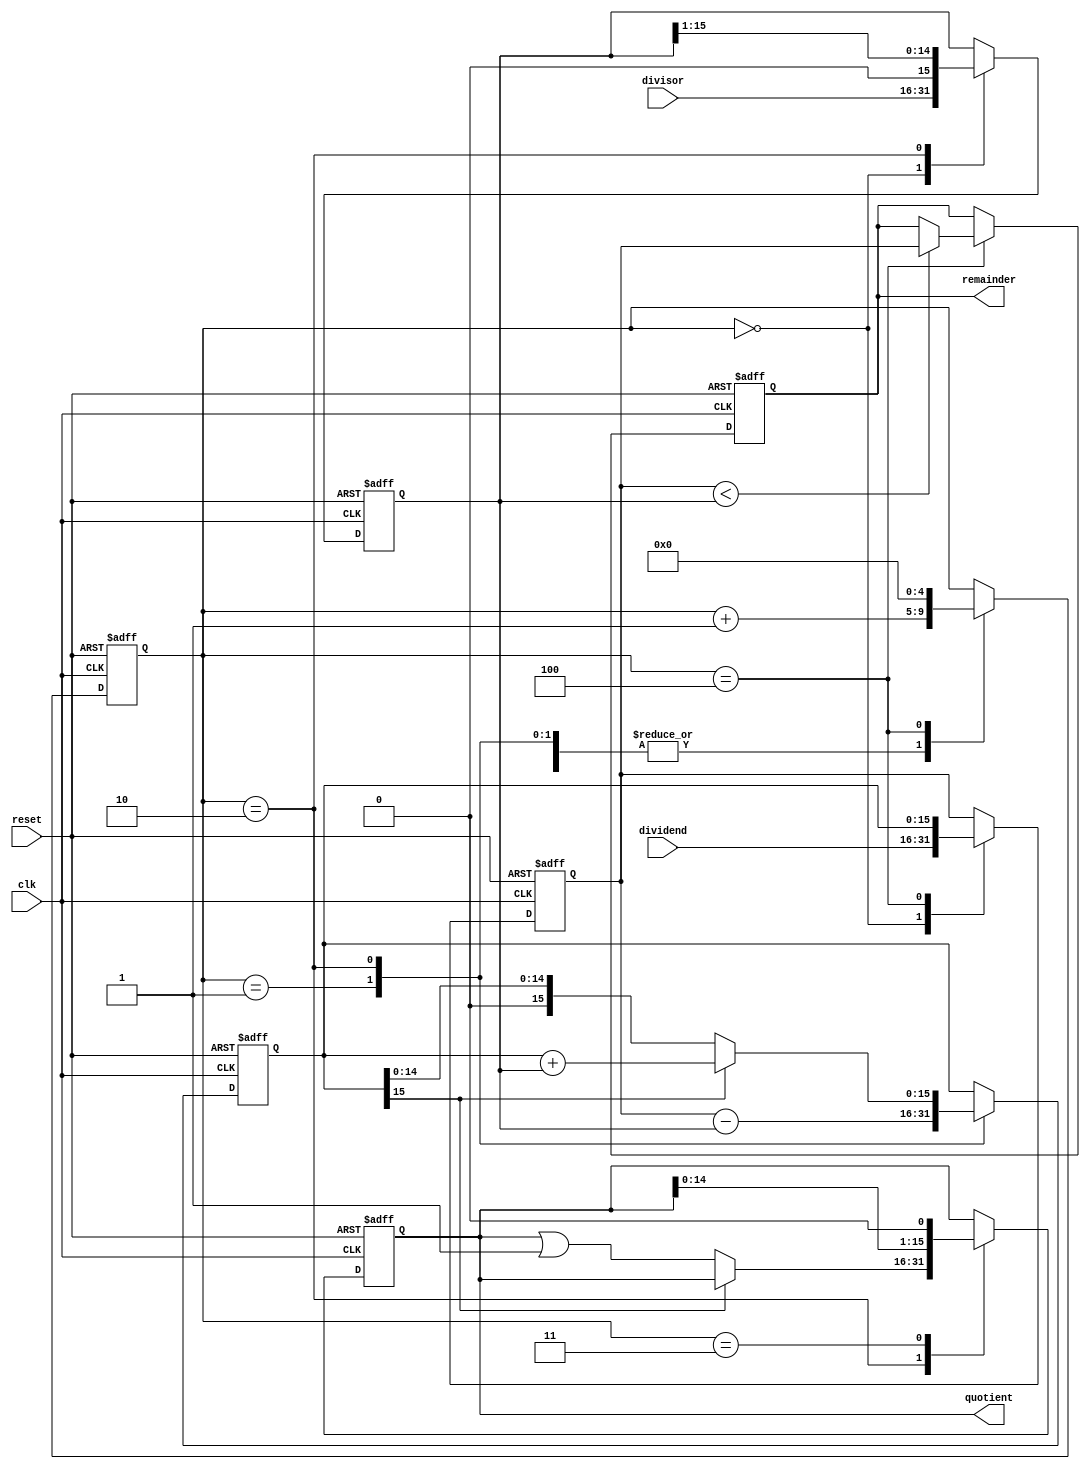
module Pipelined_Divider (
    input wire clk,
    input wire reset,
    input wire [15:0] dividend,
    input wire [15:0] divisor,
    output reg [15:0] quotient,
    output reg [15:0] remainder
);

reg [4:0] stage;
reg [15:0] dividend_reg;
reg [15:0] divisor_reg;
reg [15:0] temp_result;

always @ (posedge clk or posedge reset) begin
    if (reset) begin
        stage <= 0;
        dividend_reg <= 16'h0;
        divisor_reg <= 16'h0;
        temp_result <= 16'h0;
        quotient <= 16'h0;
        remainder <= 16'h0;
    end else begin
        case (stage)
            0: begin
                dividend_reg <= dividend;
                divisor_reg <= divisor;
                stage <= stage + 1;
            end
            1: begin
                temp_result <= dividend_reg - divisor_reg;
                stage <= stage + 1;
            end
            2: begin
                if (temp_result[15] == 1'b1) begin
                    temp_result <= temp_result + divisor_reg;
                end else begin
                    quotient <= quotient | (1 << 0);
                end
                divisor_reg <= divisor_reg >> 1;
                stage <= stage + 1;
            end
            3: begin
                quotient <= quotient << 1;
                stage <= stage + 1;
            end
            4: begin
                stage <= 0;
                dividend_reg <= temp_result;
                if (dividend_reg < divisor_reg) begin
                    remainder <= dividend_reg;
                end
            end
        endcase
    end
end

endmodule